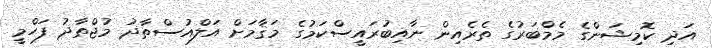
އަދި ކޮމިޝަންގެ މެމްބަރުގެ ތެރެއިން ނާއިބުރައީސްކަމުގެ މަޤާމަށް އަލްއުސްތާޛު މުޖްތާޛު ފަހްމީ